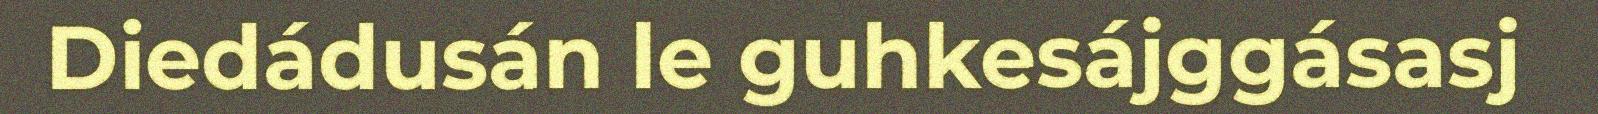
Diedádusán le guhkesájggásasj